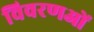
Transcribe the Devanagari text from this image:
विवरणओं